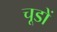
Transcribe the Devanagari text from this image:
चूडों